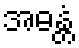
အဓန္တံ